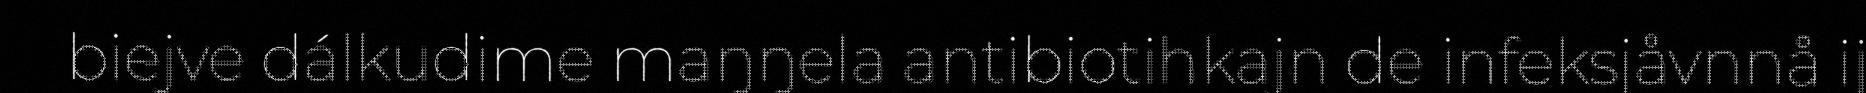
biejve dálkudime maŋŋela antibiotihkajn de infeksjåvnnå ij